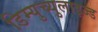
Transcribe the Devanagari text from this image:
डिम्युच्युलाइज्ड